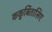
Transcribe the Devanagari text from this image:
ककुर्बितासिए